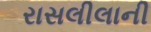
રાસલીલાની